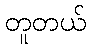
တူတယ်